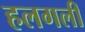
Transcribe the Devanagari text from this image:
हलगली